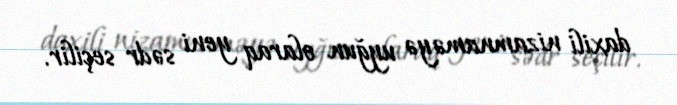
daxili nizamnaməyə uyğun olaraq yeni sədr seçilir.